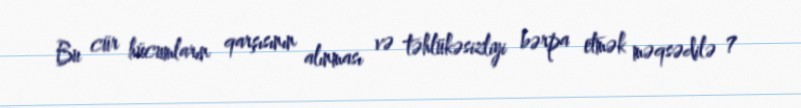
Bu cür hücumların qarşısının alınması və təhlükəsizliyi bərpa etmək məqsədilə 7